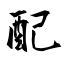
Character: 配